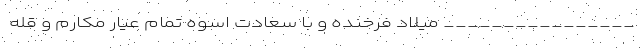
________________ میلاد فرخنده و با سعادت اسوه تمام عیار مکارم و قله